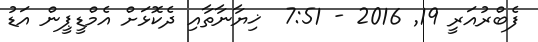
ފެބްރުއަރީ 19